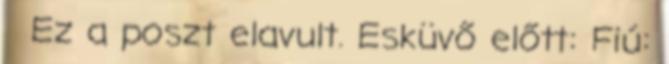
Ez a poszt elavult. Esküvő előtt: Fiú: